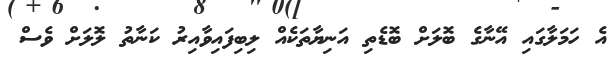
އެ ހަމަލާގައި އޭނާގެ ބޮލަށް ބޮޑެތި އަނިޔާތަކެއް ލިބިފައިވާއިރު ކަނާތު ލޮލަށް ވެސް